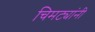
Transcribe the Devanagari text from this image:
चिमट्यांनी